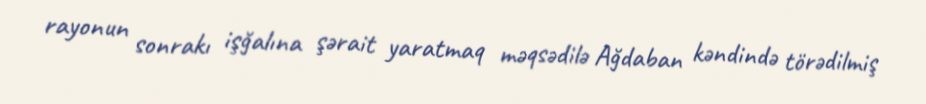
rayonun sonrakı işğalına şərait yaratmaq məqsədilə Ağdaban kəndində törədilmiş